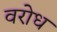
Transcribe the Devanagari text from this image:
वरोध